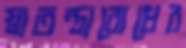
স্বাতন্ত্র্যবোধের